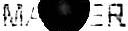
MASTER